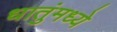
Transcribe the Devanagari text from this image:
धातुंमध्ये